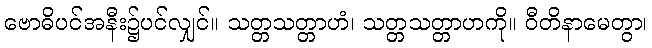
ဗောဓိပင်အနီး၌ပင်လျှင်။ သတ္တသတ္တာဟံ၊ သတ္တသတ္တာဟကို။ ဝီတိနာမေတွာ၊